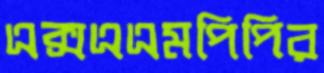
এক্সএএমপিপির